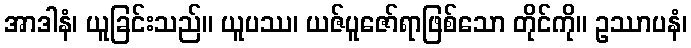
အာဒါနံ၊ ယူခြင်းသည်။ ယူပဿ၊ ယဇ်ပူဇော်ရာဖြစ်သော တိုင်ကို။ ဥဿာပနံ၊